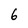
Character: 6